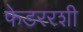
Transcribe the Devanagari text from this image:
फेडररशी